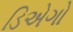
ડિએગો